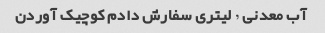
آب معدنی ٫ لیتری سفارش دادم کوچیک آوردن